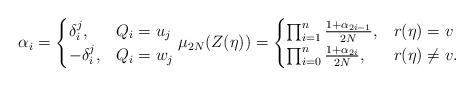
LaTeX: \begin{align*}\alpha_i = \begin{cases} \delta^j_i, & Q_i = u_j \\ -\delta^j_i, & Q_i = w_j \end{cases} \mu_{2N}(Z(\eta)) =\begin{cases} \prod_{i=1}^n \frac{1 + \alpha_{2i-1}}{2N}, & r(\eta) = v \\ \prod_{i=0}^n \frac{1 + \alpha_{2i}}{2N}, & r(\eta) \not= v. \end{cases}\end{align*}